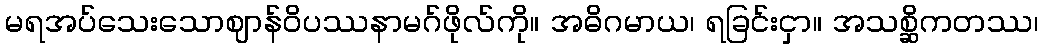
မရအပ်သေးသောဈာန်ဝိပဿနာမဂ်ဖိုလ်ကို။ အဓိဂမာယ၊ ရခြင်းငှာ။ အသစ္ဆိကတဿ၊